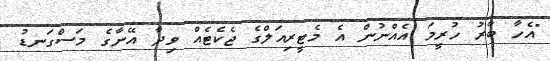
"އެހާ ބާރު ހުރީމަ އެއްނުން އެ މެޓީރިއަލްގެ ޖެކެޓެއް ވިދާ އޭނާގެ މަސްގަނޑު